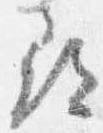
尋